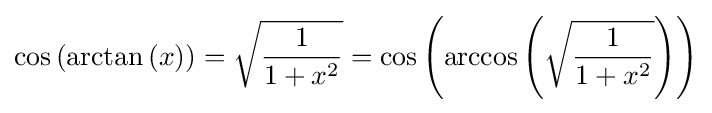
\cos \left(\arctan \left(x\right)\right)={\sqrt {\frac {1}{1+x^{2}}}}=\cos \left(\arccos \left({\sqrt {\frac {1}{1+x^{2}}}}\right)\right)